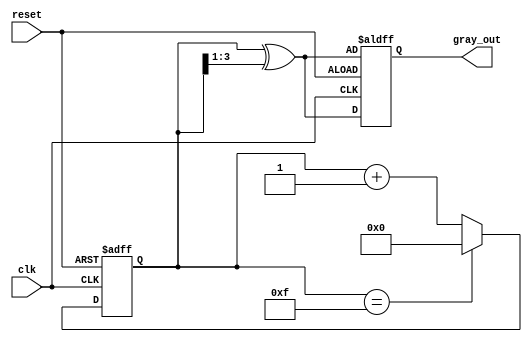
module gray_code_counter #(parameter n = 4) (
    input wire clk,
    input wire reset,
    output reg [n-1:0] gray_out
);

    reg [n-1:0] binary_count;

    // Gray code conversion function
    function [n-1:0] binary_to_gray;
        input [n-1:0] binary;
        begin
            binary_to_gray = binary ^ (binary >> 1);
        end
    endfunction

    always @(posedge clk or posedge reset) begin
        if (reset) begin
            // Initialize to 0 in Gray code
            binary_count <= 0;
            gray_out <= binary_to_gray(binary_count);
        end else begin
            // Increment binary count
            binary_count <= binary_count + 1;
            // Wrap around if maximum value is reached
            if (binary_count == (1 << n) - 1) begin
                binary_count <= 0;
            end
            // Update gray output
            gray_out <= binary_to_gray(binary_count);
        end
    end

endmodule